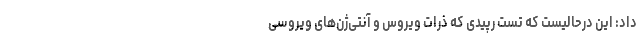
داد: این درحالیست که تست رپیدی که ذرات ویروس و آنتی‌ژن‌های ویروسی